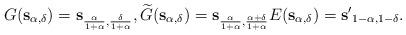
LaTeX: \begin{align*}G({\bf s}_{\alpha, \delta}) = {\bf s}_{\frac{\alpha}{1+\alpha}, \frac{\delta}{1+\alpha}}, \widetilde{G}({\bf s}_{\alpha, \delta}) = {\bf s}_{\frac{\alpha}{1+\alpha}, \frac{\alpha+ \delta}{1+\alpha}} E({\bf s}_{\alpha, \delta}) = {\bf s'}_{1-\alpha, 1-\delta}.\end{align*}